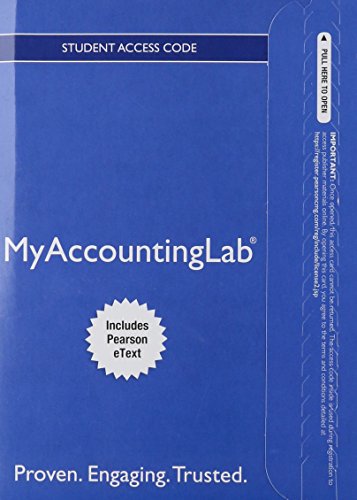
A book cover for NEW MyAccountingLab with Pearson eText -- Standalone Access Card -- for Auditing and Assurance Services; Alvin A. Arens; Business & Money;